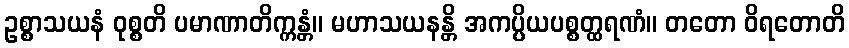
ဥစ္စာသယနံ ဝုစ္စတိ ပမာဏာတိက္ကန္တံ။ မဟာသယနန္တိ အကပ္ပိယပစ္စတ္ထရဏံ။ တတော ဝိရတောတိ